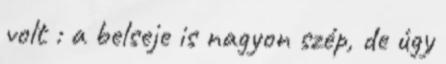
volt : a belseje is nagyon szép, de úgy